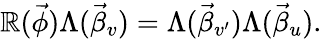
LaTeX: \mathbb{R}(\vec{{\phi}})\Lambda(\vec{{\beta}}_{v})=\Lambda(\vec{{\beta}}_{v^{\prime}})\Lambda(\vec{{\beta}}_{u}).